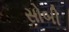
સોબી